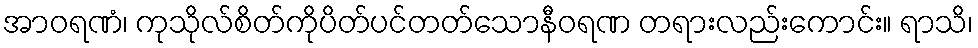
အာဝရဏံ၊ ကုသိုလ်စိတ်ကိုပိတ်ပင်တတ်သောနီဝရဏ တရားလည်းကောင်း။ ရာသိ၊